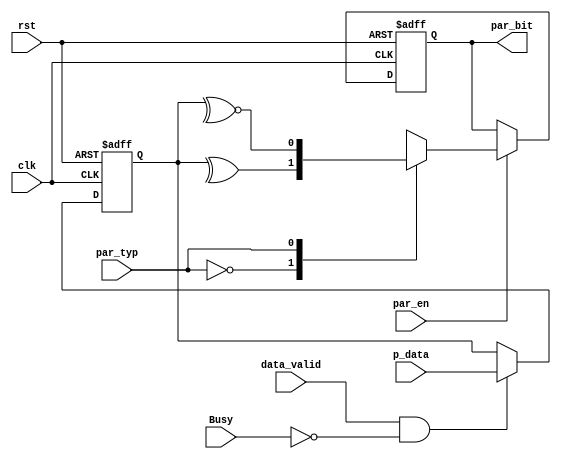
module tx_parity_calc #(parameter data_width = 8)
(clk,rst,Busy,p_data,data_valid,par_typ,par_en,par_bit);

input                  clk;
input                  rst;
input [data_width-1:0] p_data;
input                  data_valid;
input                  par_typ;
input                  par_en;
input                  Busy;

output reg             par_bit;

reg  [data_width-1:0]   data_reg;

//isolate input 
always @ (posedge clk or negedge rst)
 begin
  if(!rst)
   begin
    data_reg <= 'b0 ;
   end
  else if(data_valid && !Busy)
   begin
    data_reg <= p_data ;
   end 
 end
 

always @ (posedge clk or negedge rst)
begin
    if(!rst)
    begin
        par_bit <= 'b0 ;
    end
    else
    begin
        if (par_en)
        begin
            case(par_typ)
                1'b0 : 
                begin                 
                    par_bit <= ^data_reg  ;     // Even Parity
                end
                1'b1 : 
                begin
                    par_bit <= ~^data_reg ;     // Odd Parity
                end		
            endcase       	 
        end
    end
end 



endmodule